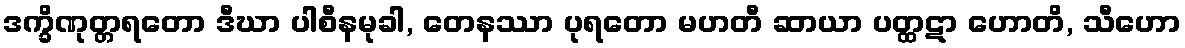
ဒက္ခိဏုတ္တရတော ဒီဃာ ပါစီနမုခါ, တေနဿာ ပုရတော မဟတီ ဆာယာ ပတ္ထဋာ ဟောတိ, သီဟော